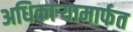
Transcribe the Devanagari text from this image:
अधिकार्‍यामार्फत